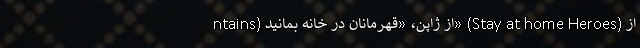
ntains) از ژاپن، «قهرمانان در خانه بمانید» (Stay at home Heroes) از